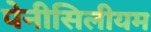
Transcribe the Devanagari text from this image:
पेनीसिलीयम